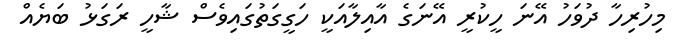
މިހުރިހާ ދުވަހު އޭނަ ހީކުރީ އޭނަގެ އާއިލާއަކީ ހަގީގަތުގައިވެސް ޝާހީ ރަގަޅު ބަޔެއް